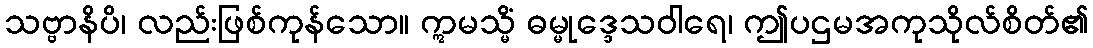
သဗ္ဗာနိပိ၊ လည်းဖြစ်ကုန်သော။ ဣမသ္မိံ ဓမ္မုဒ္ဒေသဝါရေ၊ ဤပဌမအကုသိုလ်စိတ်၏